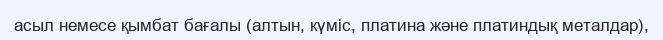
асыл немесе қымбат бағалы (алтын, күміс, платина және платиндық металдар),